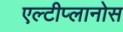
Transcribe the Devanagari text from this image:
एल्टीप्लानोस